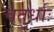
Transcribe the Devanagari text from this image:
चतुर्धाः